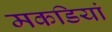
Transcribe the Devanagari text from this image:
मकडियां